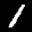
Label: 1